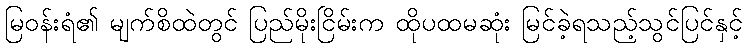
မြဝန်းရံ၏ မျက်စိထဲတွင် ပြည်မိုးငြိမ်းက ထိုပထမဆုံး မြင်ခဲ့ရသည့်သွင်ပြင်နှင့်